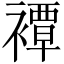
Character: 𧝓